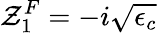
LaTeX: \mathcal{Z}_{1}^{F}=-i\sqrt{\epsilon_{c}}